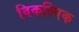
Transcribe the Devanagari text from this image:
विकल्पिक